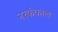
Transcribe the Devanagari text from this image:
नरकंकाल